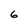
Character: 6